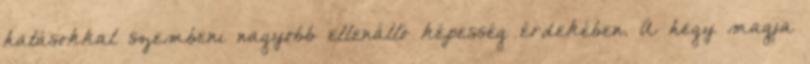
hatásokkal szembeni nagyobb ellenálló képesség érdekében. A hegy magja